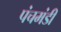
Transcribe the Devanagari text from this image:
पंचमंडी